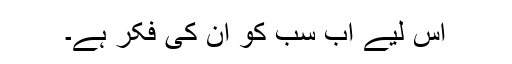
اس لیے اب سب کو ان کی فکر ہے۔